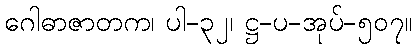
ဂေါဓာဇာတက၊ ပါ-၃၂၊ ဋ္ဌ-ပ-အုပ်-၅၀၇။